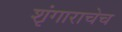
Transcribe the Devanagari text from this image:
शृंगाराचेच